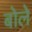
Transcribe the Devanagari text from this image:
बोलेे